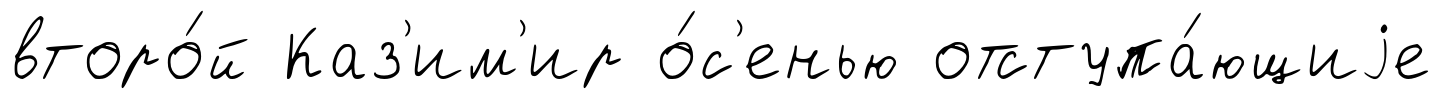
второ́й Каз'им'ир о́с'енью отступа́ющиjе